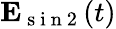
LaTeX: \mathbf{E}_{\mathrm{~s~i~n~2~}}(t)